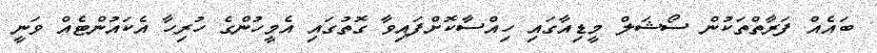
ބައެއް ފަރާތްތަކުން ސޯޝަލް މީޑިއާގައި ހިއްސާކޮށްފައިވާ ގޮތުގައި އެމީހުންގެ ހުރިހާ އެކައުންޓެއް ވަނީ